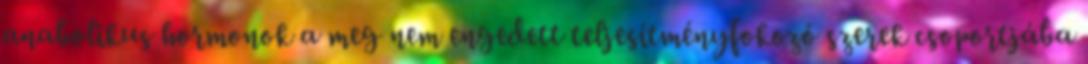
anabolikus hormonok a meg nem engedett teljesítményfokozó szerek csoportjába